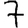
Digit: 7